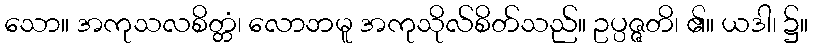
သော။ အကုသလစိတ္တံ၊ လောဘမူ အကုသိုလ်စိတ်သည်။ ဥပ္ပဇ္ဇတိ၊ ၏။ ယဒါ၊ ၌။